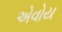
એવોય